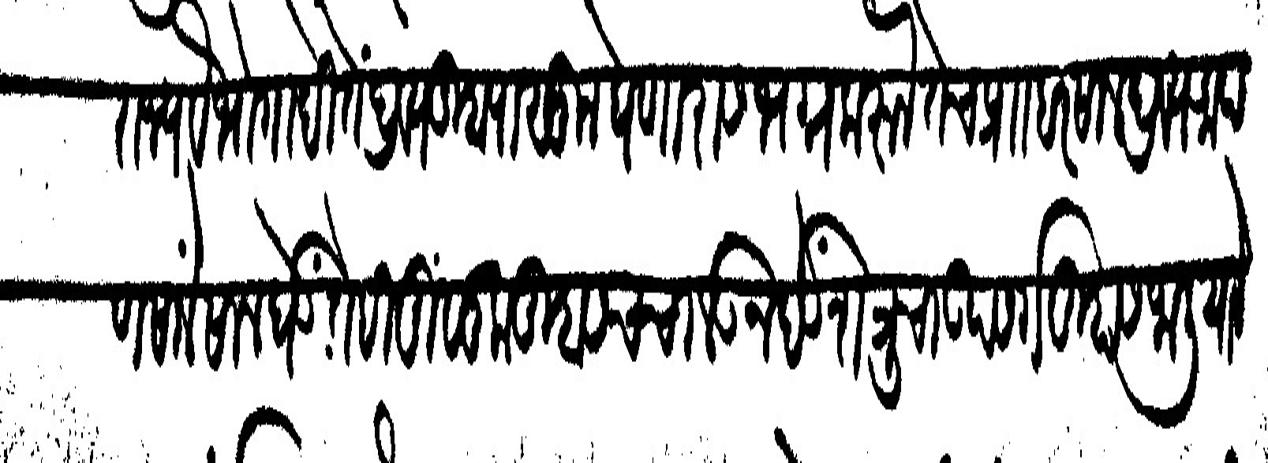
Transliteration (Devanagari): सामराज्य वैभोगादि तें द्रव्य तुम्हापासून घेणारास भग्न करून तेच प्रा हरसाल द्रव्य आपण सालेंसाल घेऊं तेही मुलूक तुम्हासच चालऊन देऊं शत्रूचा उपसर्ग तुम्हास जालियाने